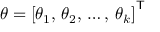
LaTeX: \theta = \left[ \theta _ { 1 } , \, \theta _ { 2 } , \, \ldots , \, \theta _ { k } \right] ^ { \mathsf { T } }